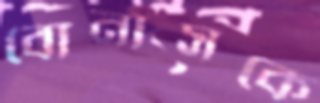
বোনাসকে